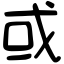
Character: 或